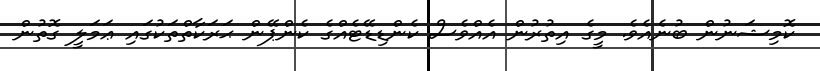
ކޮމިޝަނުން ބުނެއެވެ. މީގެ އިތުރުން އެއްވެސް ކެންޑިޑޭޓެއްގެ ކެންޕޭން ޙަރަކާތްތަކުގައި ޢަމަލީ ގޮތުން